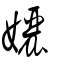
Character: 孋